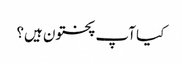
کیا آپ پختون ہیں؟